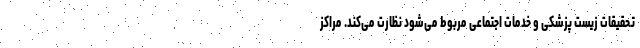
تحقیقات زیست پزشکی و خدمات اجتماعی مربوط می‌شود نظارت می‌کند. مراکز